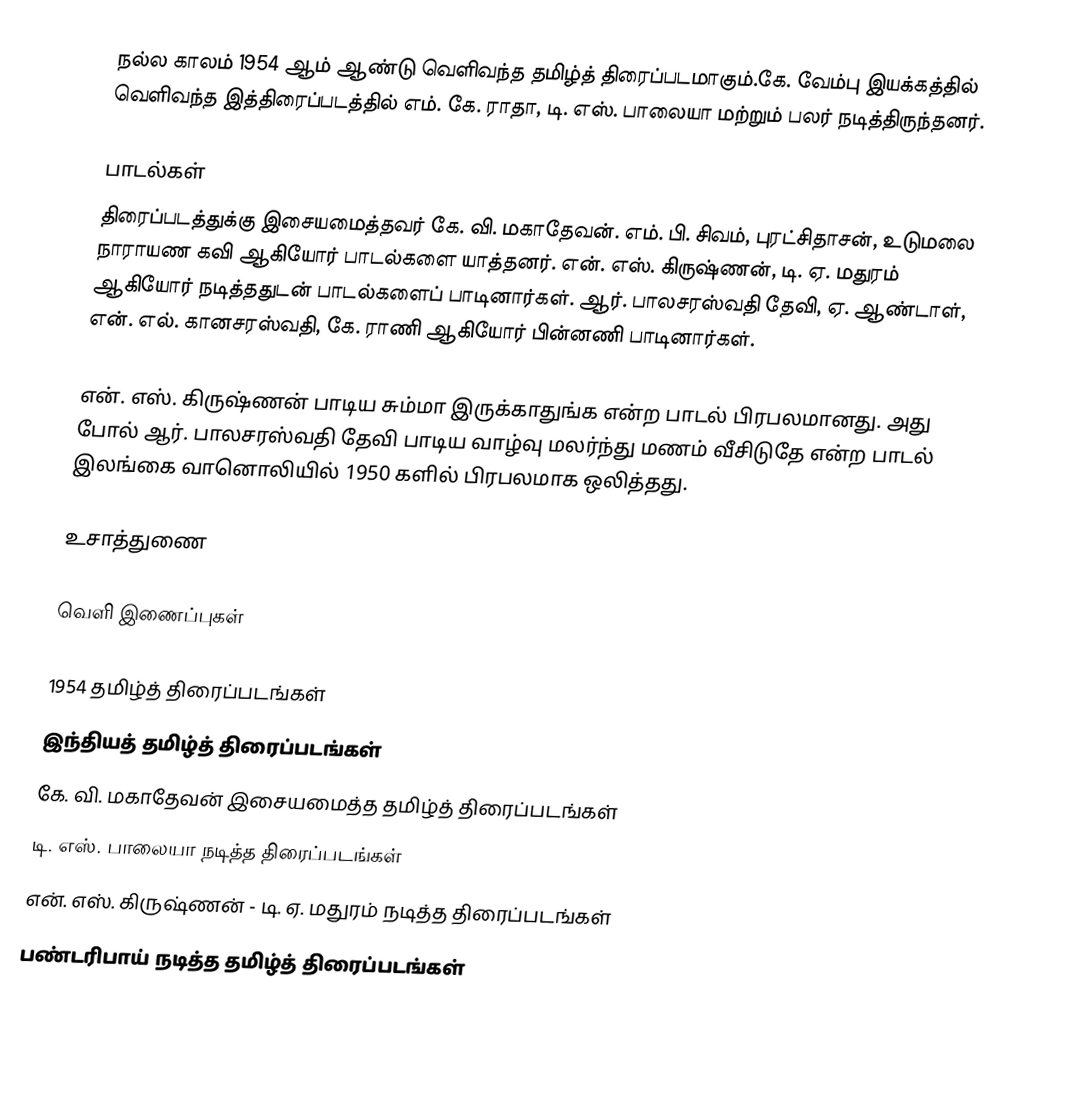
நல்ல காலம் 1954 ஆம் ஆண்டு வெளிவந்த தமிழ்த் திரைப்படமாகும்.கே. வேம்பு இயக்கத்தில் வெளிவந்த இத்திரைப்படத்தில் எம். கே. ராதா, டி. எஸ். பாலையா மற்றும் பலர் நடித்திருந்தனர்.

பாடல்கள்
திரைப்படத்துக்கு இசையமைத்தவர் கே. வி. மகாதேவன். எம். பி. சிவம், புரட்சிதாசன், உடுமலை நாராயண கவி ஆகியோர் பாடல்களை யாத்தனர். என். எஸ். கிருஷ்ணன், டி. ஏ. மதுரம் ஆகியோர் நடித்ததுடன் பாடல்களைப் பாடினார்கள். ஆர். பாலசரஸ்வதி தேவி, ஏ. ஆண்டாள், என். எல். கானசரஸ்வதி, கே. ராணி ஆகியோர் பின்னணி பாடினார்கள்.

என். எஸ். கிருஷ்ணன் பாடிய சும்மா இருக்காதுங்க என்ற பாடல் பிரபலமானது. அது போல் ஆர். பாலசரஸ்வதி தேவி பாடிய வாழ்வு மலர்ந்து மணம் வீசிடுதே என்ற பாடல் இலங்கை வானொலியில் 1950 களில் பிரபலமாக ஒலித்தது.

உசாத்துணை

வெளி இணைப்புகள்

1954 தமிழ்த் திரைப்படங்கள்
இந்தியத் தமிழ்த் திரைப்படங்கள்
கே. வி. மகாதேவன் இசையமைத்த தமிழ்த் திரைப்படங்கள்
டி. எஸ். பாலையா நடித்த திரைப்படங்கள்
என். எஸ். கிருஷ்ணன் - டி. ஏ. மதுரம் நடித்த திரைப்படங்கள்
பண்டரிபாய் நடித்த தமிழ்த் திரைப்படங்கள்